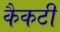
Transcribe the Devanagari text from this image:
कैकटी